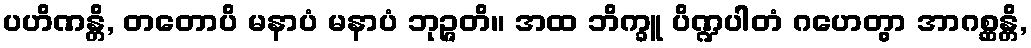
ပဟိဏန္တိ, တတောပိ မနာပံ မနာပံ ဘုဉ္ဇတိ။ အထ ဘိက္ခူ ပိဏ္ဍပါတံ ဂဟေတွာ အာဂစ္ဆန္တိ,